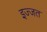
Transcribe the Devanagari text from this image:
इज्‍जत